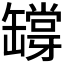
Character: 𦉘